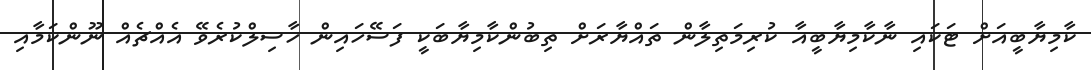
ކާމިޔާބީއަށް ޓަކައި ނާކާމިޔާބީއާ ކުރިމަތިލާން ތައްޔާރަށް ތިބުންކާމިޔާބަކީ ފަސޭހައިން ހާސިލްކުރެވޭ އެއްޗެއް ނޫންކަމާއި